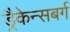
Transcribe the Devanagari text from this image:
ड्रैकेन्सबर्ग